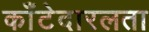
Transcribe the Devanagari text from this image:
काँटेदारलता